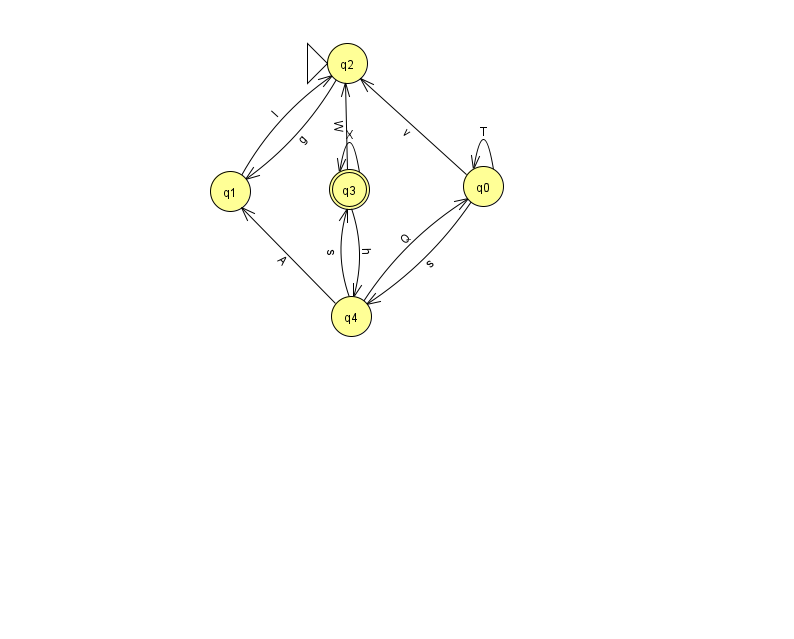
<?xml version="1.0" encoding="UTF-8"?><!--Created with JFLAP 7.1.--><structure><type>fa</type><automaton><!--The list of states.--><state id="0" name="q0"><x>483.0</x><y>173.0</y></state><state id="1" name="q1"><x>230.0</x><y>178.0</y></state><state id="2" name="q2"><x>347.0</x><y>50.0</y><initial/></state><state id="3" name="q3"><x>349.0</x><y>176.0</y><final/></state><state id="4" name="q4"><x>351.0</x><y>303.0</y></state><!--The list of transitions.--><transition><from>3</from><to>4</to><read>h</read></transition><transition><from>4</from><to>0</to><read>Q</read></transition><transition><from>0</from><to>4</to><read>s</read></transition><transition><from>3</from><to>2</to><read>W</read></transition><transition><from>0</from><to>0</to><read>T</read></transition><transition><from>2</from><to>1</to><read>g</read></transition><transition><from>3</from><to>3</to><read>X</read></transition><transition><from>4</from><to>3</to><read>s</read></transition><transition><from>0</from><to>2</to><read>v</read></transition><transition><from>1</from><to>2</to><read>I</read></transition><transition><from>4</from><to>1</to><read>A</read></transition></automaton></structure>